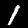
Label: 1